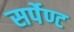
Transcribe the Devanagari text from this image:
सर्पेण्ट